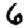
Digit: 6